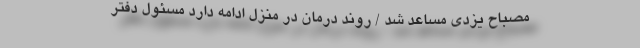
مصباح یزدی مساعد ‌شد‌ / روند درمان در منزل ادامه دارد مسئول دفتر